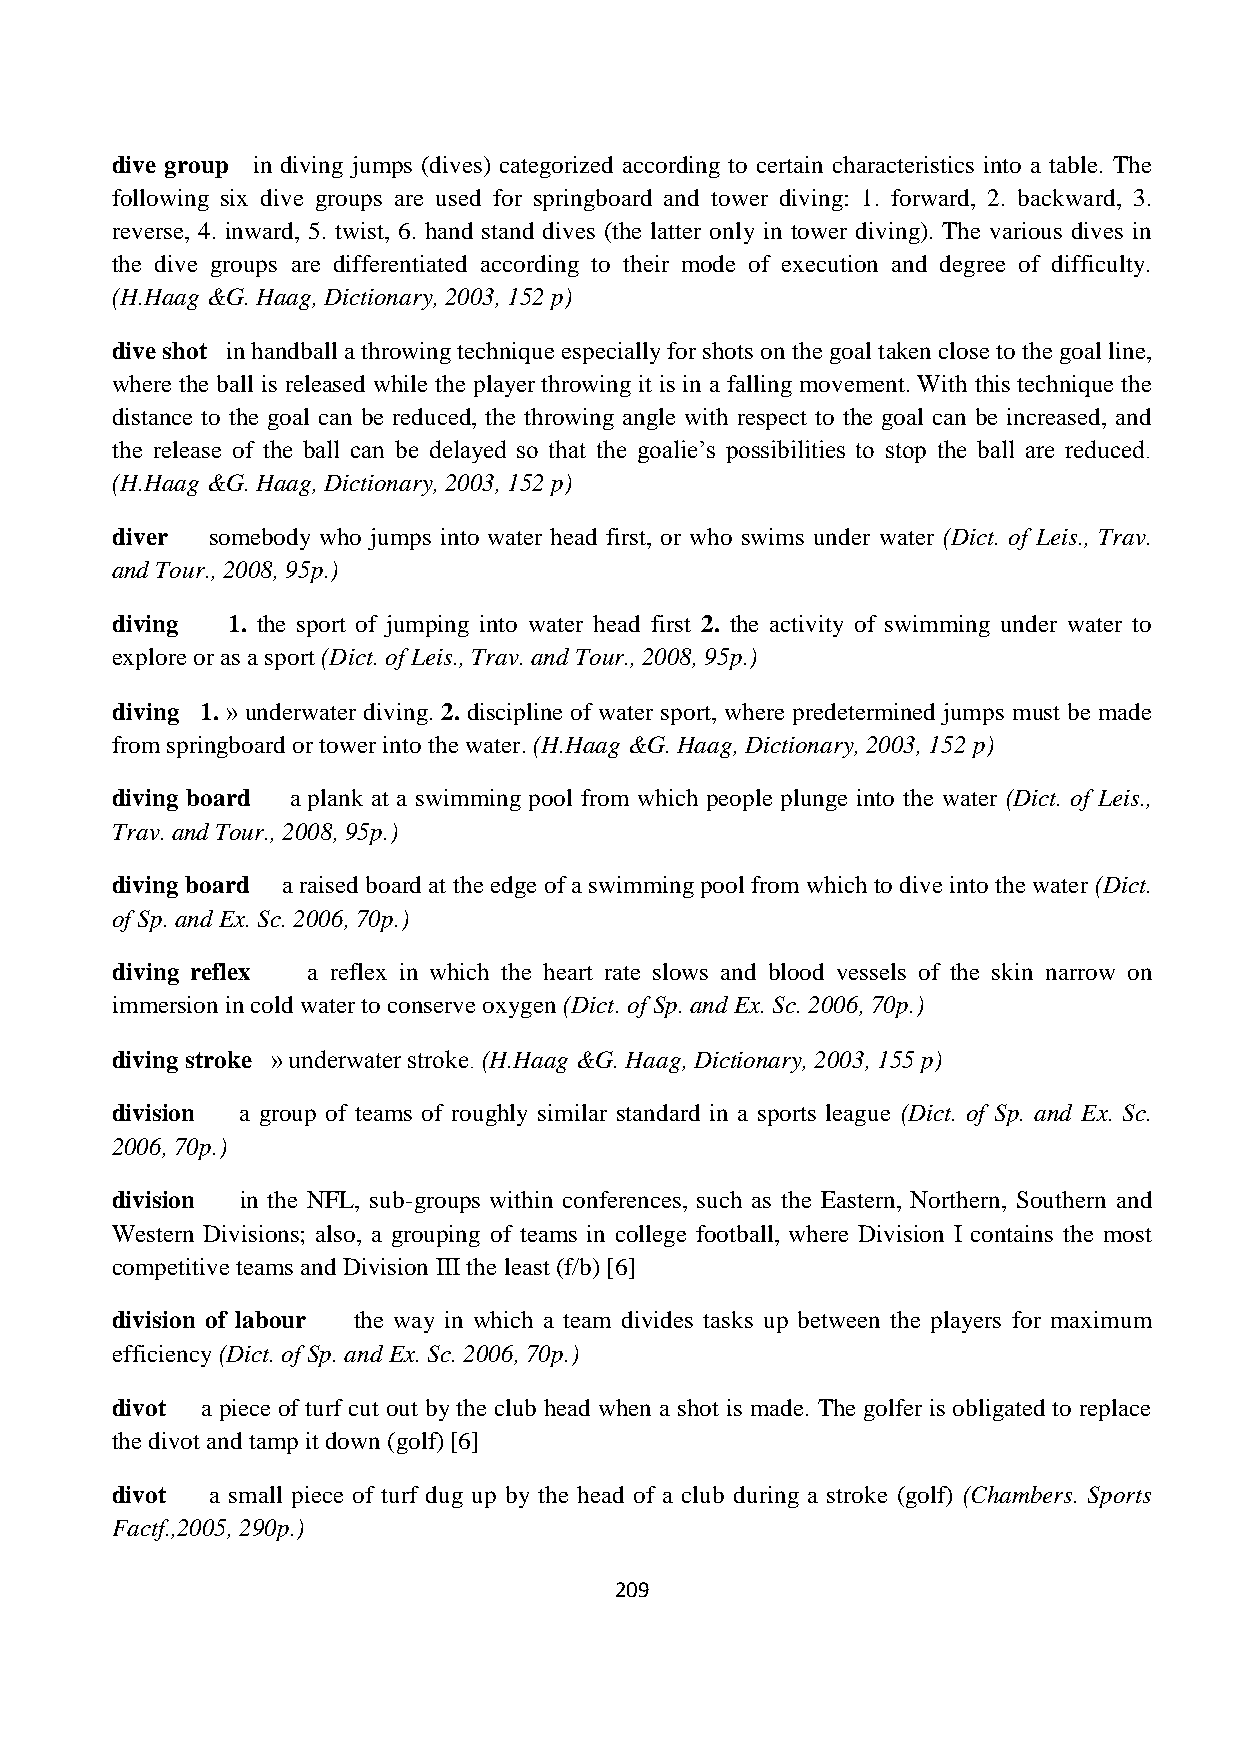
dive group in diving jumps (dives) categorized according to certain characteristics into a table. The
 following six dive groups are used for springboard and tower diving: 1. forward, 2. backward, 3.
 reverse, 4. inward, 5. twist, 6. hand stand dives (the latter only in tower diving). The various dives in
 the dive groups are differentiated according to their mode of execution and degree of difficulty.
 (H.Haag &G. Haag, Dictionary, 2003, 152 p)
 dive shot in handball a throwing technique especially for shots on the goal taken close to the goal line,
 where the ball is released while the player throwing it is in a falling movement. With this technique the
 distance to the goal can be reduced, the throwing angle with respect to the goal can be increased, and
 the release of the ball can be delayed so that the goalie’s possibilities to stop the ball are reduced.
 (H.Haag &G. Haag, Dictionary, 2003, 152 p)
 diver  somebody who jumps into water head first, or who swims under water (Dict. of Leis., Trav.
 and Tour., 2008, 95p.)
 diving  1. the sport of jumping into water head first 2. the activity of swimming under water to
 explore or as a sport (Dict. of Leis., Trav. and Tour., 2008, 95p.)
 diving 1. » underwater diving. 2. discipline of water sport, where predetermined jumps must be made
 from springboard or tower into the water. (H.Haag &G. Haag, Dictionary, 2003, 152 p)
 diving board a plank at a swimming pool from which people plunge into the water (Dict. of Leis.,
 Trav. and Tour., 2008, 95p.)
 diving board a raised board at the edge of a swimming pool from which to dive into the water (Dict.
 of Sp. and Ex. Sc. 2006, 70p.)
 diving reflex a reflex in which the heart rate slows and blood vessels of the skin narrow on
 immersion in cold water to conserve oxygen (Dict. of Sp. and Ex. Sc. 2006, 70p.)
 diving stroke » underwater stroke. (H.Haag &G. Haag, Dictionary, 2003, 155 p)
 division a group of teams of roughly similar standard in a sports league (Dict. of Sp. and Ex. Sc.
 2006, 70p.)
 division in the NFL, sub-groups within conferences, such as the Eastern, Northern, Southern and
 Western Divisions; also, a grouping of teams in college football, where Division I contains the most
 competitive teams and Division III the least (f/b) [6]
 division of labour the way in which a team divides tasks up between the players for maximum
 efficiency (Dict. of Sp. and Ex. Sc. 2006, 70p.)
 divot a piece of turf cut out by the club head when a shot is made. The golfer is obligated to replace
 the divot and tamp it down (golf) [6]
 divot  a small piece of turf dug up by the head of a club during a stroke (golf) (Chambers. Sports
 Factf.,2005, 290p.)
 209